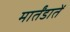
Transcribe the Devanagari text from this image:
मार्तंडातें